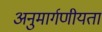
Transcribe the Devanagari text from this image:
अनुमार्गणीयता